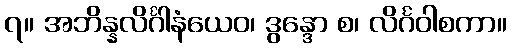
၇။ အဘိန္နလိင်္ဂါနံယေဝ၊ ဒွန္ဒော စ၊ လိင်္ဂဝါစကာ။